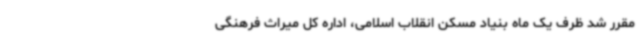
مقرر شد ظرف یک ماه بنیاد مسکن انقلاب اسلامی، اداره کل میراث فرهنگی